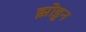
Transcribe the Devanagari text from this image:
झोडून